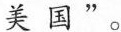
美国”